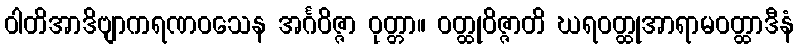
ဝါတိအာဒိဗျာကရဏဝသေန အင်္ဂဝိဇ္ဇာ ဝုတ္တာ။ ဝတ္ထုဝိဇ္ဇာတိ ဃရဝတ္ထုအာရာမဝတ္ထာဒီနံ